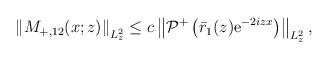
LaTeX: \begin{align*}\begin{aligned}\left\|M_{+,12}(x ; z)\right\|_{L_{ z}^{2}} \leq c \left\|\mathcal{P}^+\left(\bar{r}_1(z) \mathrm{e}^{-2iz x}\right)\right\|_{L_{z}^2},\end{aligned}\end{align*}